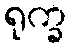
ရုက္ခ